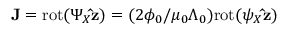
{ \bf J } = \mathrm { r o t } ( \Psi _ { X } { \bf \hat { z } } ) = ( 2 \phi _ { 0 } / \mu _ { 0 } \Lambda _ { 0 } ) \mathrm { r o t } ( \psi _ { X } { \bf \hat { z } } )